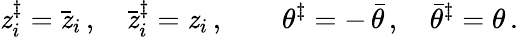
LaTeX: \mathit{z}_{i}^{\ddagger}=\bar{{\mathit{z}}}_{i}\, ,\quad\bar{{\mathit{z}}}_{i}^{\ddagger}=\mathit{z}_{i}\, ,\quad\quad\theta^{\ddagger}=-\, \bar{{\theta}}\, ,\quad\bar{{\theta}}^{\ddagger}=\theta\, .